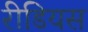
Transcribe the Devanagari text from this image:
रीडियस